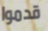
قدموا